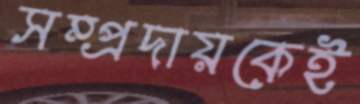
সম্প্রদায়কেই